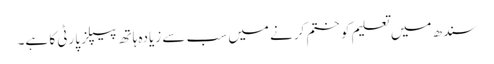
سندھ میں تعلیم کو ختم کرنے میں سب سے زیادہ ہاتھ پیپلز پارٹی کا ہے۔